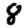
Digit: 8